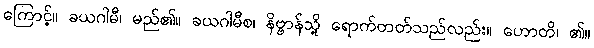
ကြောင့်။ ခယဂါမီ၊ မည်၏။ ခယဂါမီစ၊ နိဗ္ဗာန်သို့ ရောက်တတ်သည်လည်း။ ဟောတိ၊ ၏။